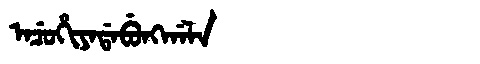
Manchu: ᠠᠴᡠᡥᡳᠶᠠᡩᠠᠪᡠᠩᡤᠠᠯᠠ
Romanization: ACUHIYADABUNGGALA